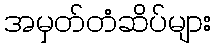
အမှတ်တံဆိပ်များ